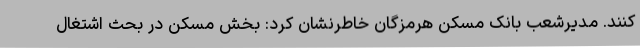
کنند. مدیرشعب بانک مسکن هرمزگان خاطرنشان‌ کرد: بخش مسکن در بحث اشتغال